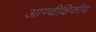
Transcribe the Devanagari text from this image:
आण्वीक्षिकीय